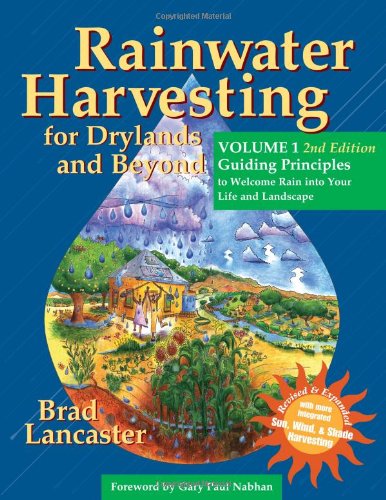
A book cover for Rainwater Harvesting for Drylands and Beyond, Volume 1, 2nd Edition: Guiding Principles to Welcome Rain into Your Life and Landscape; Brad Lancaster; Engineering & Transportation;